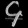
Digit: ၄